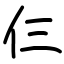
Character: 仨